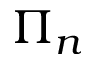
\Pi _ { n }